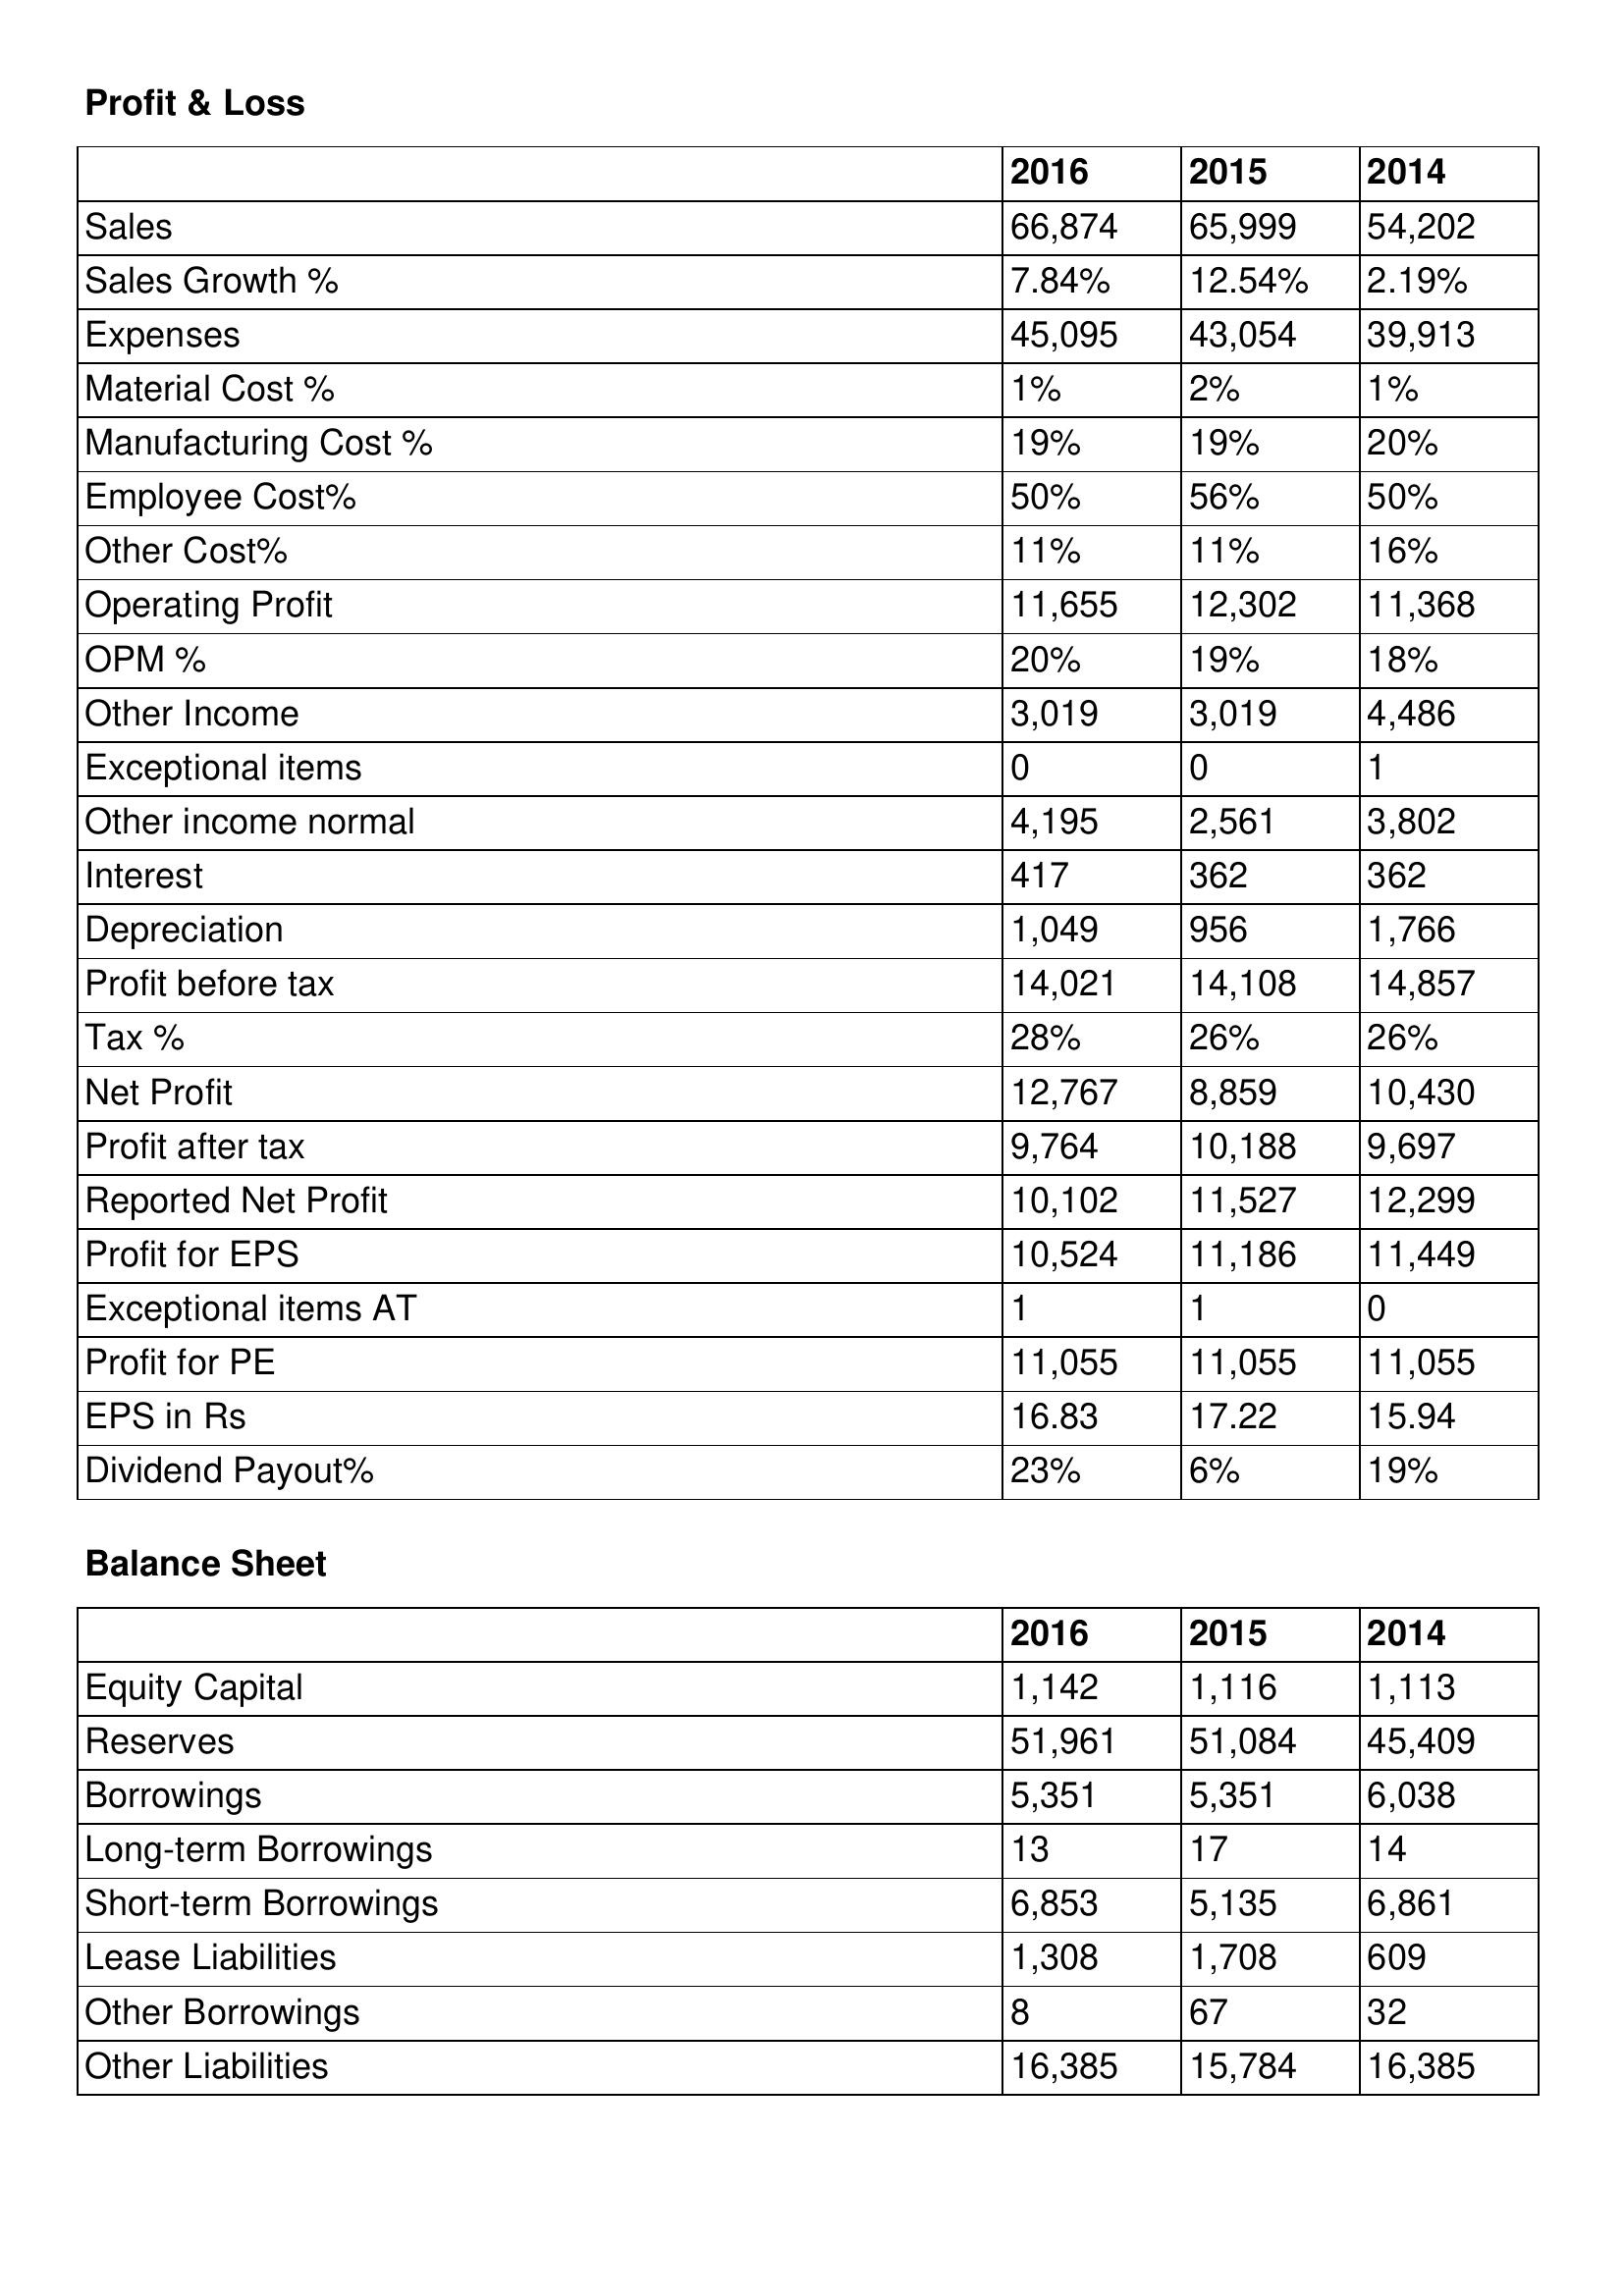
gt_parse: 2016: Profit & Loss: Sales: 66,874
Sales Growth %: 7.84%
Expenses: 45,095
Material Cost %: 1%
Manufacturing Cost %: 19%
Employee Cost%: 50%
Other Cost%: 11%
Operating Profit: 11,655
OPM %: 20%
Other Income: 3,019
Exceptional items: 0
Other income normal: 4,195
Interest: 417
Depreciation: 1,049
Profit before tax: 14,021
Tax %: 28%
Net Profit: 12,767
Profit after tax: 9,764
Reported Net Profit: 10,102
Profit for EPS: 10,524
Exceptional items AT: 1
Profit for PE: 11,055
EPS in Rs: 16.83
Dividend Payout%: 23%
Balance Sheet: Equity Capital: 1,142
Reserves: 51,961
Borrowings: 5,351
Long-term Borrowings: 13
Short-term Borrowings: 6,853
Lease Liabilities: 1,308
Other Borrowings: 8
Other Liabilities: 16,385
2015: Profit & Loss: Sales: 65,999
Sales Growth %: 12.54%
Expenses: 43,054
Material Cost %: 2%
Manufacturing Cost %: 19%
Employee Cost%: 56%
Other Cost%: 11%
Operating Profit: 12,302
OPM %: 19%
Other Income: 3,019
Exceptional items: 0
Other income normal: 2,561
Interest: 362
Depreciation: 956
Profit before tax: 14,108
Tax %: 26%
Net Profit: 8,859
Profit after tax: 10,188
Reported Net Profit: 11,527
Profit for EPS: 11,186
Exceptional items AT: 1
Profit for PE: 11,055
EPS in Rs: 17.22
Dividend Payout%: 6%
Balance Sheet: Equity Capital: 1,116
Reserves: 51,084
Borrowings: 5,351
Long-term Borrowings: 17
Short-term Borrowings: 5,135
Lease Liabilities: 1,708
Other Borrowings: 67
Other Liabilities: 15,784
2014: Profit & Loss: Sales: 54,202
Sales Growth %: 2.19%
Expenses: 39,913
Material Cost %: 1%
Manufacturing Cost %: 20%
Employee Cost%: 50%
Other Cost%: 16%
Operating Profit: 11,368
OPM %: 18%
Other Income: 4,486
Exceptional items: 1
Other income normal: 3,802
Interest: 362
Depreciation: 1,766
Profit before tax: 14,857
Tax %: 26%
Net Profit: 10,430
Profit after tax: 9,697
Reported Net Profit: 12,299
Profit for EPS: 11,449
Exceptional items AT: 0
Profit for PE: 11,055
EPS in Rs: 15.94
Dividend Payout%: 19%
Balance Sheet: Equity Capital: 1,113
Reserves: 45,409
Borrowings: 6,038
Long-term Borrowings: 14
Short-term Borrowings: 6,861
Lease Liabilities: 609
Other Borrowings: 32
Other Liabilities: 16,385